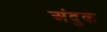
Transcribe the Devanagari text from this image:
अंदुक